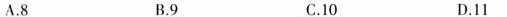
A.8 B.9 C.10 D.11